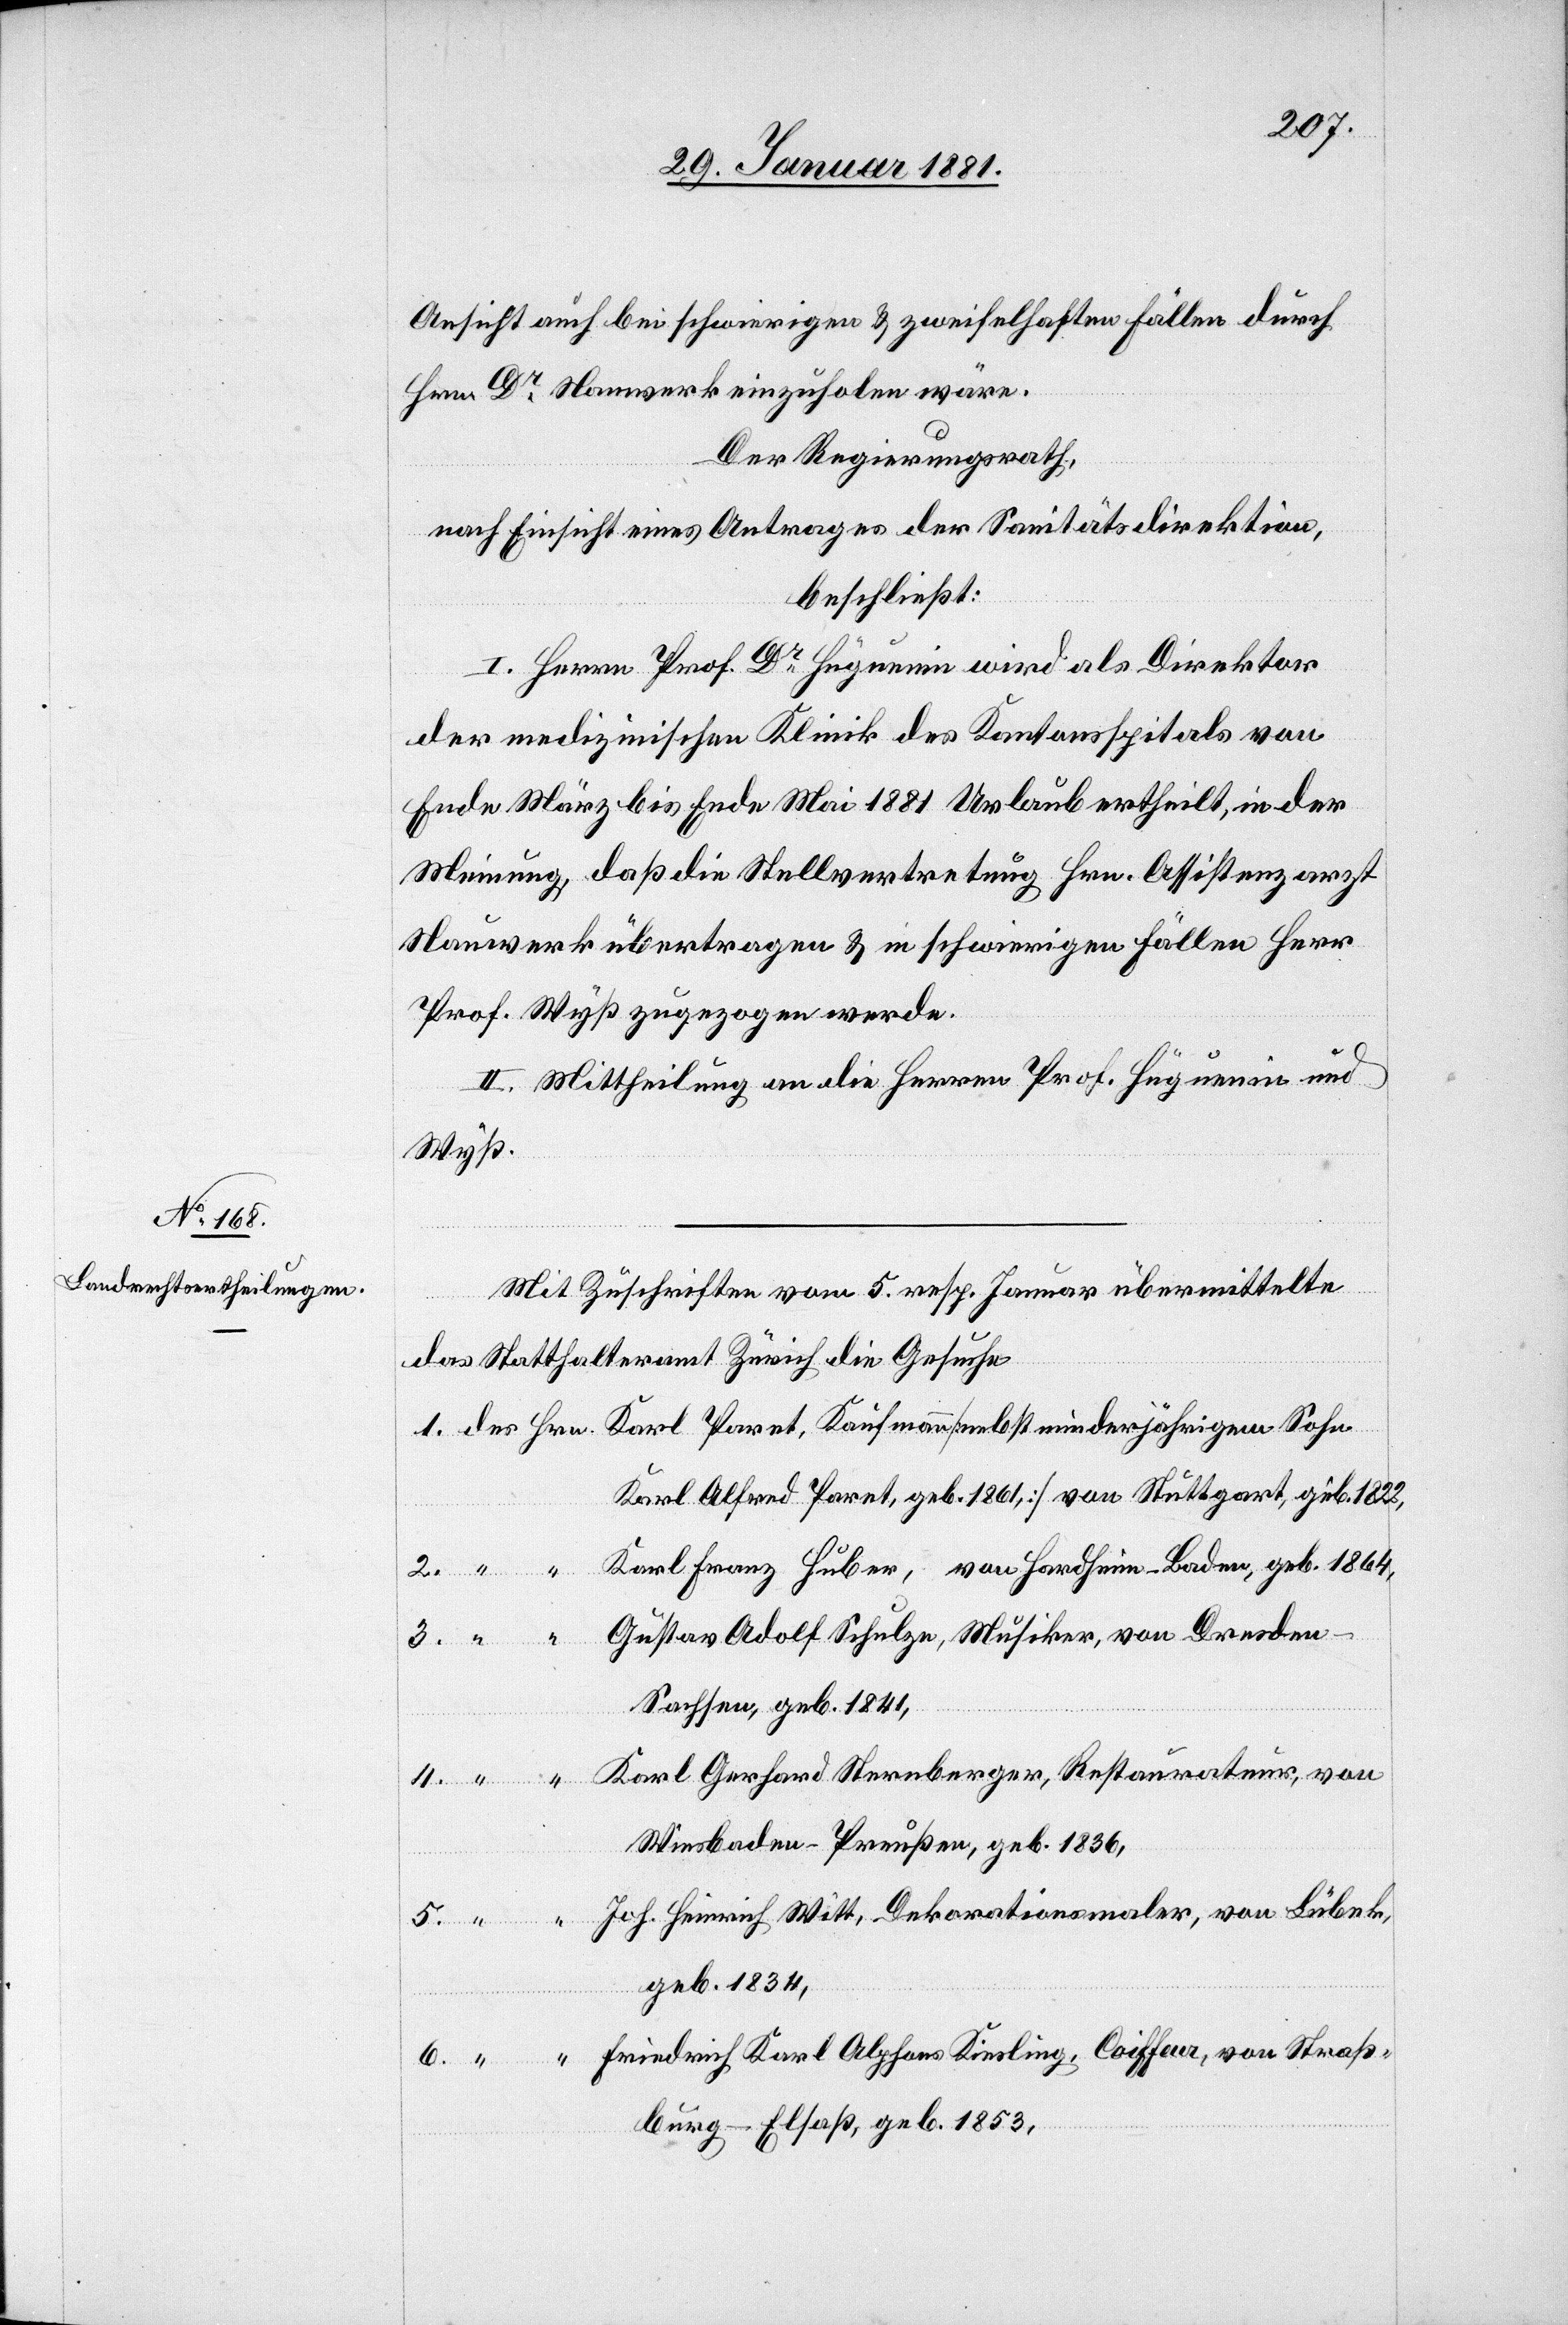
Ansicht auch bei schwierigen & zweifelhaften Fällen durch
Hrn. Dr Nauwerk einzuholen wäre.
Der Regierungsrath,
nach Einsicht eines Antrages der Sanitätsdirektion,
beschließt:
I. Herrn Prof. Dr Hüguenin wird als Direktor
der medizinischen Klinik des Kantonsspitals von
Ende März bis Ende Mai 1881 Urlaub ertheilt, in der
Meinung, daß die Stellvertretung Hrn. Assistenzarzt
Nauwerk übertragen & in schwierigen Fällen Herr
Prof. Wyß zugezogen werde.
II. Mittheilung an die Herren Prof. Hüguenin und
Wyß
Mit Zuschriften vom 5. resp. [sic!] Januar übermittelte
das Statthalteramt Zürich die Suche
Karl Alfred Paret, geb. 1861,] von Stuttgart, geb. 1822,
Karl Franz Huber, von Hardheim - Baden, geb. 1864,
Gustav Adolf Schulze, Musiker, von Dresden
6.
feur, von Straß¬
Sachsen, geb. 1841,
Karl Gerhard Sternberger, Restaurateur, von
Wiesbaden - Preußen, geb. 1836,
geb. 1834,
burg - Elsaß, geb. 1853,